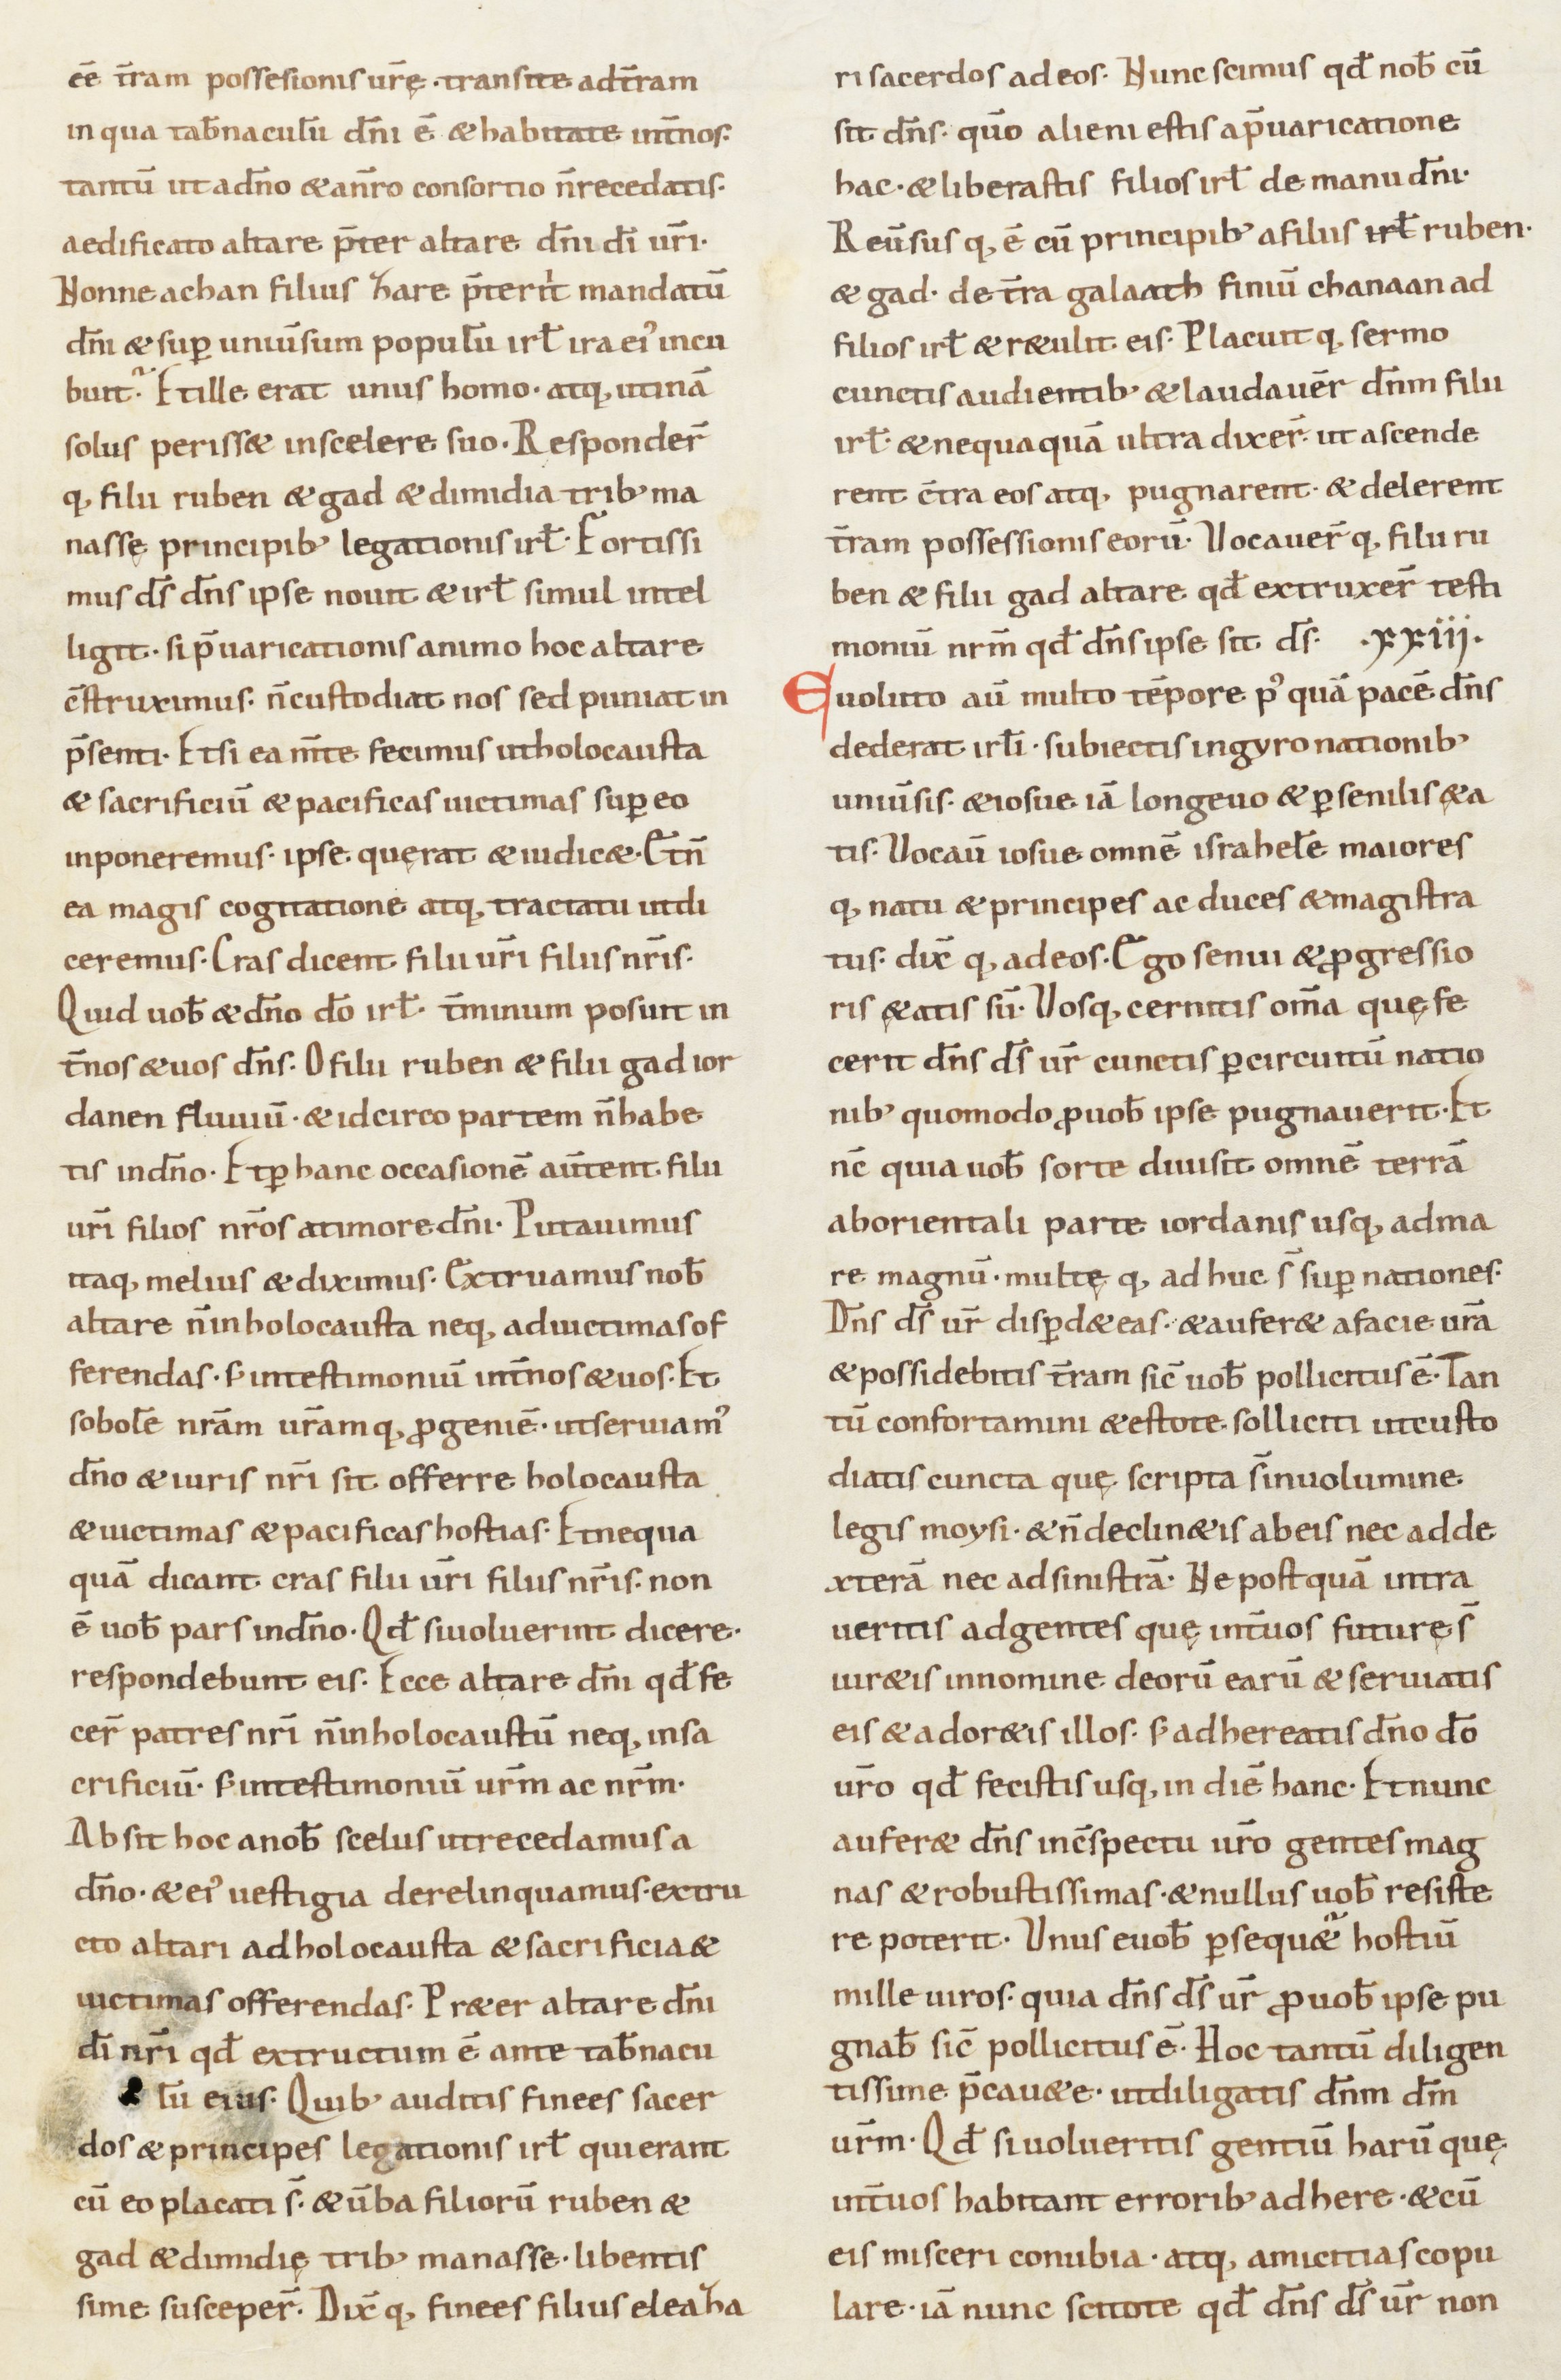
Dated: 900–999